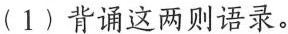
（1）IT背诵这两则语录